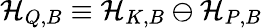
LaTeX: \mathcal{H}_{Q,B}\equiv\mathcal{H}_{K,B}\ominus\mathcal{H}_{P,B}